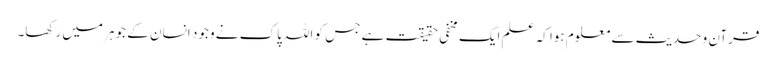
قرآن و حدیث سے معلوم ہوا کہ علم ایک مخفی حقیقت ہے جس کو اللہ پاک نے وجود ِ انسان کے جوہر میں رکھا۔